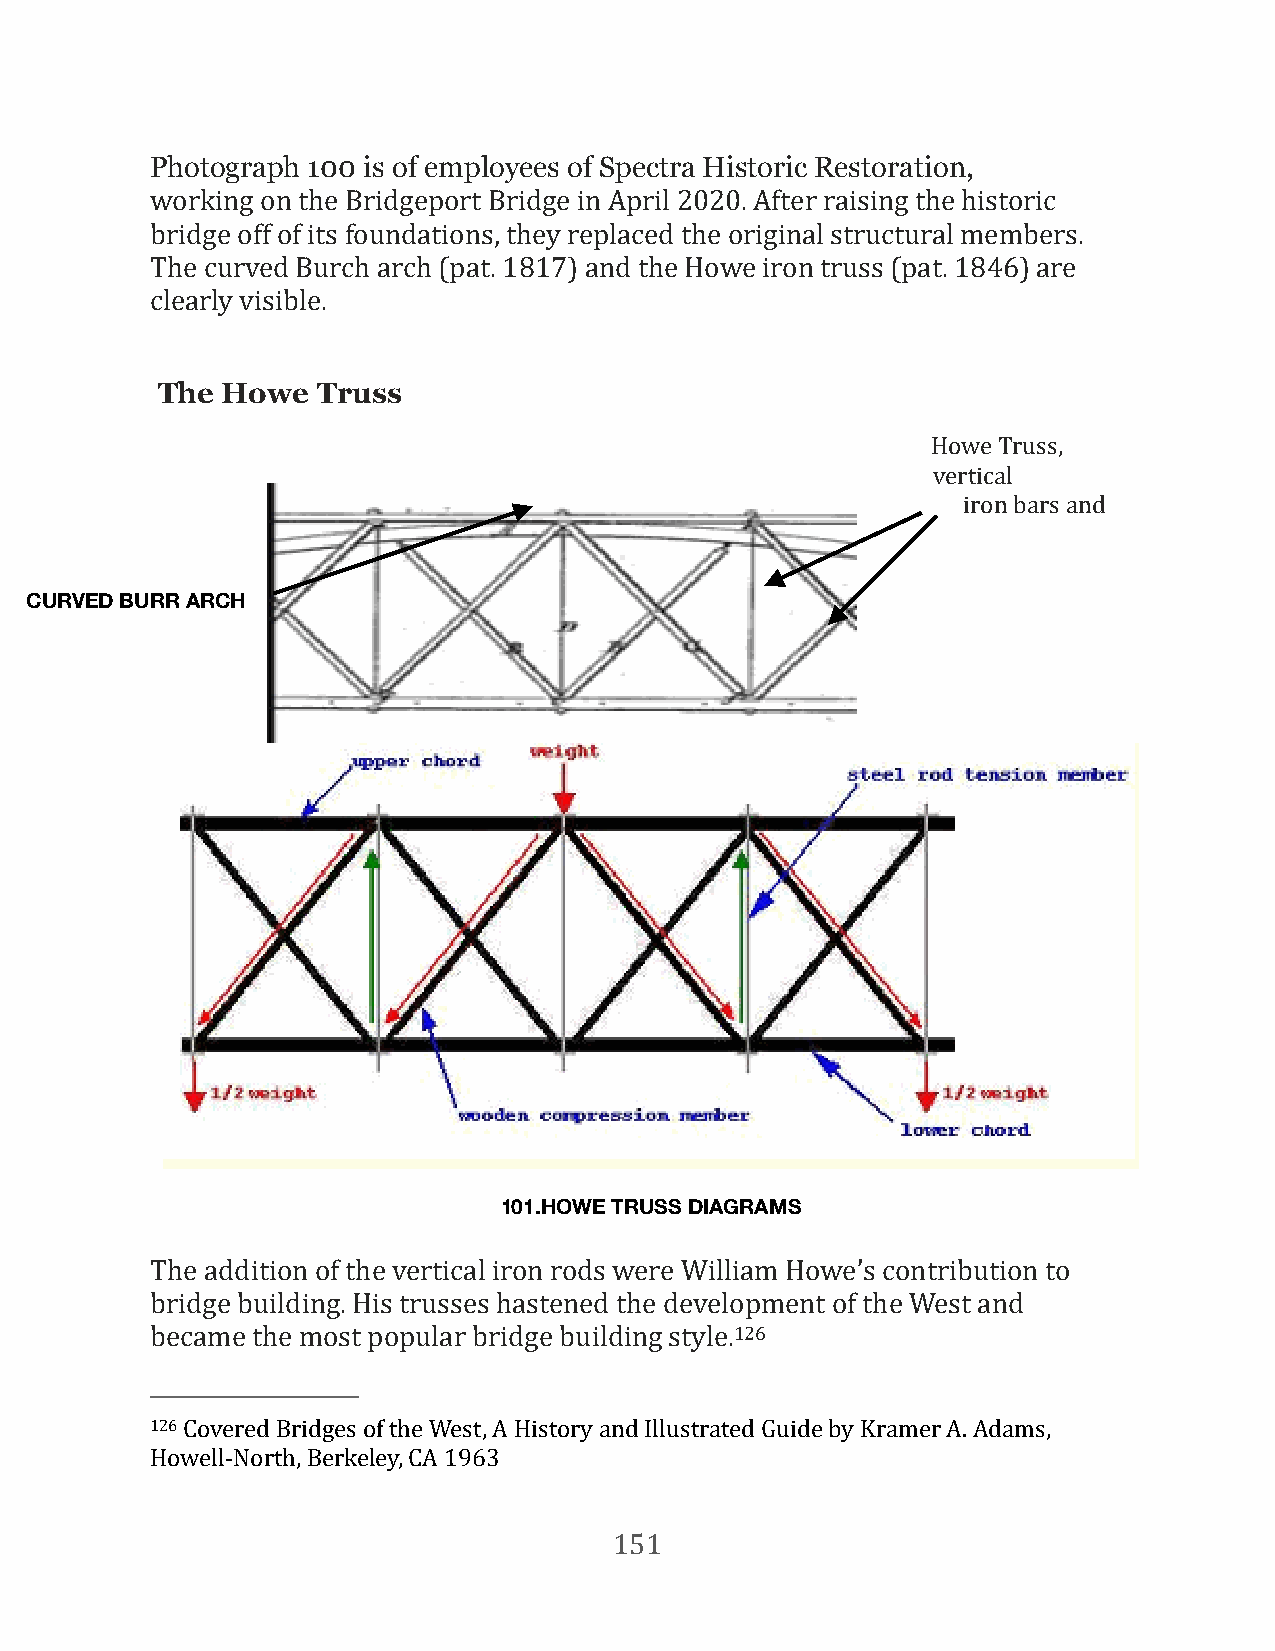
Photograph 100 is of employees of Spectra Historic Restoration,
 working on the Bridgeport Bridge in April 2020. After raising the historic
 bridge off of its foundations, they replaced the original structural members.
 The curved Burch arch (pat. 1817) and the Howe iron truss (pat. 1846) are
 clearly visible.
 The  Howe  Truss
 Howe Truss,
 vertical
 iron bars and
 CURVED BURR ARCH
 101.HOWE TRUSS DIAGRAMS
 The addition of the vertical iron rods were William Howe’s contribution to
 bridge building. His trusses hastened the development of the West and
 became the most popular bridge building style.126
 126 Covered Bridges of the West, A History and Illustrated Guide by Kramer A. Adams,
 Howell-North, Berkeley, CA 1963
 151